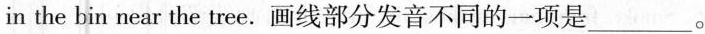
in the bin near the tree.画线部分发音不同的一项是___。